Indian journal of veterinary science and animal husbandry - Volume 12,
Year: 1942
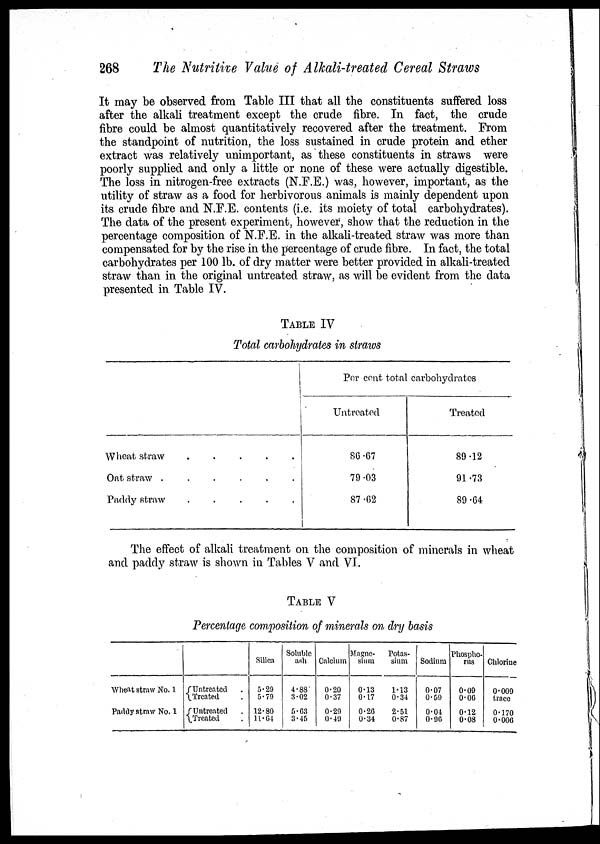
268
The Nutritive Value of Alkali-treated Cereal Straws
It may be observed from Table III that all the constituents suffered loss
after the alkali treatment except the crude fibre. In fact, the crude
fibre could be almost quantitatively recovered after the treatment. From
the standpoint of nutrition, the loss sustained in crude protein and ether
extract was relatively unimportant, as these constituents in straws were
poorly supplied and only a little or none of these were actually digestible.
The loss in nitrogen-free extracts (N.F.E.) was, however, important, as the
utility of straw as a food for herbivorous animals is mainly dependent upon
its crude fibre and N.F.E. contents (i.e. its moiety of total carbohydrates).
The data of the present experiment, however, show that the reduction in the
percentage composition of N.F.E. in the alkali-treated straw was more than
compensated for by the rise in the percentage of crude fibre. In fact, the total
carbohydrates per 100 lb. of dry matter were better provided in alkali-treated
straw than in the original untreated straw, as will be evident from the data
presented in Table IV.
TABLE IV
Total carbohydrates in straws
Wheat straw . . . . .
Oat straw
.
.
.
.
.
.
Paddy straw . . . . .
Per cent total carbohydrates
Untreated
86.67
79.03
87.62
Treated
89.12
91.73
89.64
The effect of alkali treatment on the composition of minerals in wheat
and paddy straw is shown in Tables V and VI.
TABLE V
Percentage composition of minerals on dry basis
Wheat straw No. 1
Paddy straw No. 1
{ Untreated .
Treated .
{ Untreated .
Treated .
Silica
5.29
5.79
12.80
11.64
Soluble
ash
4.88
3.02
5.63
3.45
Calcium
0.20
0.37
0.29
0.49
Magne-
sium
0.13
0.17
0.26
0.34
Potas-
sium
1.13
0.34
2.51
0.87
Sodium
0.07
0.59
0.04
0.96
Phospho-
rus
0.09
0.06
0.12
0.08
Chlorine
0.009
trace
0.170
0.006